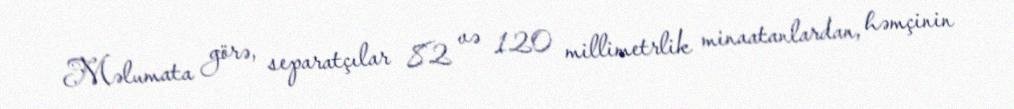
Məlumata görə, separatçılar 82 və 120 millimetrlik minaatanlardan, həmçinin